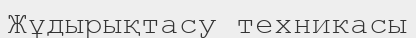
Жұдырықтасу техникасы